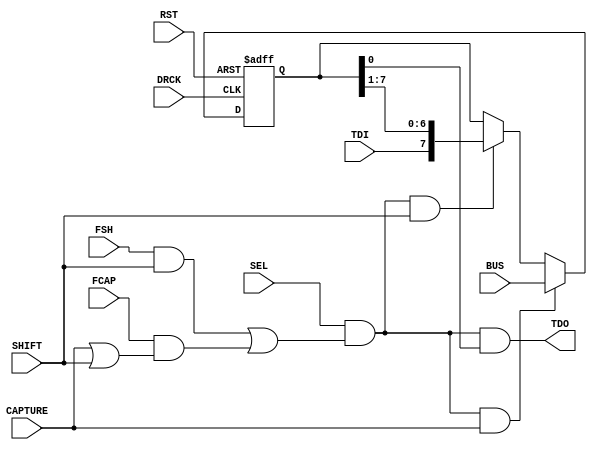
`timescale 1ns / 1ps
//////////////////////////////////////////////////////////////////////////////////
// Company: 
// Engineer: 
// 
// Design Name: 
// Module Name:    user_cap_reg 
// Project Name: 
// Target Devices: 
// Tool versions: 
// Description: 
//
//   Parallel in serial out (piso) shift register with parameterized width.
//   Capable of two functions: 1) Serial shift only (TDI in and TDO out -- no capture)
//                             2) Paralell capture of the input bus then serial shift out (LSB first)
//
// Dependencies: 
//
// Revision: 
// Revision 0.01 - File Created
// Additional Comments: 
//
//////////////////////////////////////////////////////////////////////////////////
module user_cap_reg #(
  parameter width = 8
  )(
    input DRCK,
    input FSH,
    input FCAP,
    input SEL,
    input TDI,
    input SHIFT,
    input CAPTURE,
    input RST,
    input [width-1:0] BUS,
    output TDO
    );

  
  reg[width-1:0] q;
  wire ce;
  
  assign TDO     = ce & q[0];
  assign ce      = SEL & (FSH & SHIFT | (FCAP & (CAPTURE | SHIFT)));
  
  always @(posedge DRCK or posedge RST) begin
  if(RST)
	   q <= {width{1'b0}};           // default
    else
	   if(ce && CAPTURE)
	     q <= BUS; // Capture Status
		else if (ce && SHIFT)
	     q <= {TDI,q[width-1:1]}; // Shift right
		else
		  q <= q;                  // Hold
  end
  
endmodule